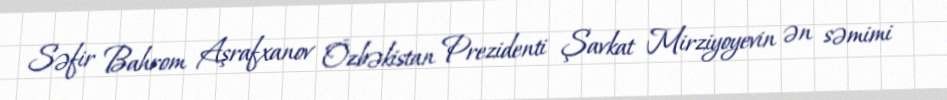
Səfir Bahrom Aşrafxanov Özbəkistan Prezidenti Şavkat Mirziyoyevin ən səmimi